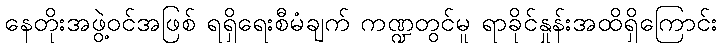
နေတိုးအဖွဲ့ဝင်အဖြစ် ရရှိရေးစီမံချက် ကဏ္ဍတွင်မူ ရာခိုင်နှုန်းအထိရှိကြောင်း